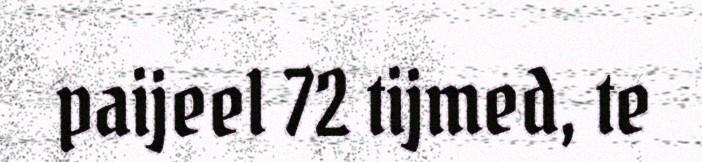
paijeel 72 tijmed, te